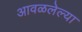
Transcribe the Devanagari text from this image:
आवळलेल्या